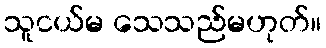
သူငယ်မ သေသည်မဟုတ်။